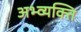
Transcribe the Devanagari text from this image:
अभ्व्यक्ति